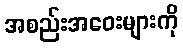
အစည်းအဝေးများကို